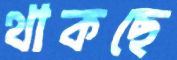
থাকছে